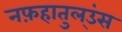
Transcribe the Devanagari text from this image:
नफ़हातुल्उंस